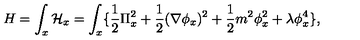
H = \int _ { x } { \cal H } _ { x } = \int _ { x } \{ { \frac { 1 } { 2 } } \Pi _ { x } ^ { 2 } + { \frac { 1 } { 2 } } ( \nabla \phi _ { x } ) ^ { 2 } + { \frac { 1 } { 2 } } m ^ { 2 } \phi _ { x } ^ { 2 } + \lambda \phi _ { x } ^ { 4 } \} ,